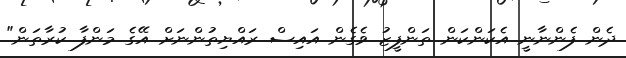
ދެން ފެންނާނީ އެކަންކަން ތަންފީޒު ވެގެން އައިސް ރައްޔިތުންނަށް އޭގެ މަންފާ ކުރާތަން"